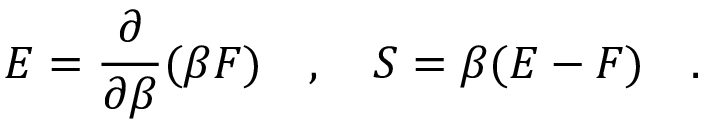
E = { \frac { \partial } { \partial \beta } } ( \beta F ) ~ ~ ~ , ~ ~ ~ S = \beta ( E - F ) ~ ~ ~ .